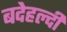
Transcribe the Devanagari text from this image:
बदेहल्दी